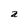
Character: a